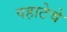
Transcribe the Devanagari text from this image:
पहाटेचे